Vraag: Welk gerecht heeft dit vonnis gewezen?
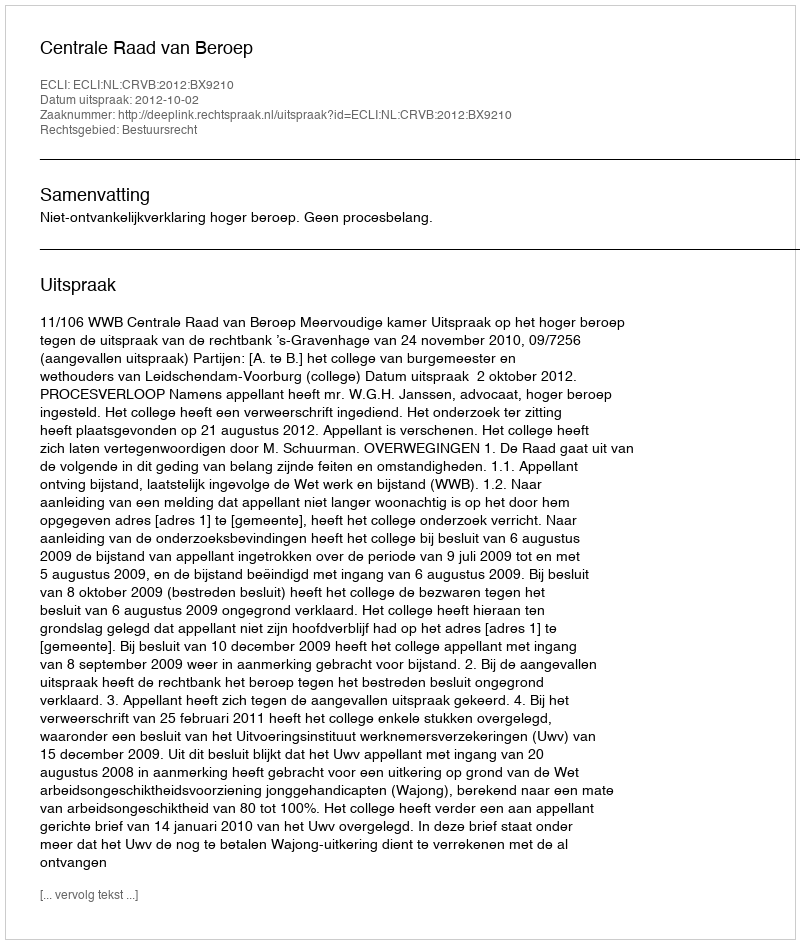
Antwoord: Centrale Raad van Beroep